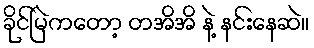
ခိုင်မြဲကတော့ တအိအိ နဲ့ နင်းနေဆဲ။